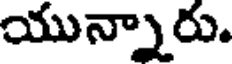
యున్నారు.